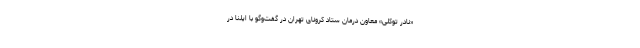
«نادر توکلی» معاون درمان ستاد کرونای تهران در گفت‌وگو با ایلنا در